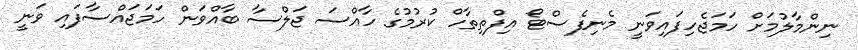
ނިންމާލުމަށް ހަމަޖެހިފައިވަނީ މެނިފެސްޓޯ އިފްތިތާހް ކުރުމުގެ ހާއްސަ ޖަލްސާ ބާއްވަން ހަމަޖައްސާފައި ވަނީ